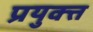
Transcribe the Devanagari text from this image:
प्रयुक्त्त